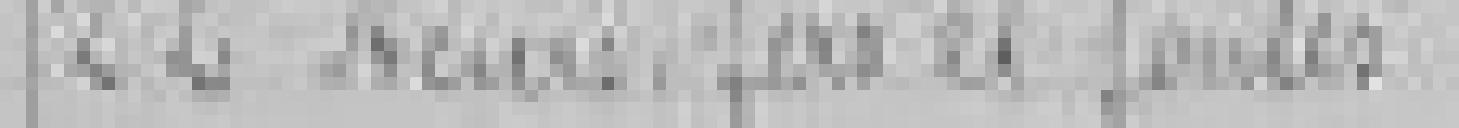
22. *** fers et fontes